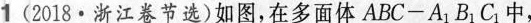
(2018·浙江卷节选)如图，在多面体ABC-A_{1}B_{1}C_{1}中，